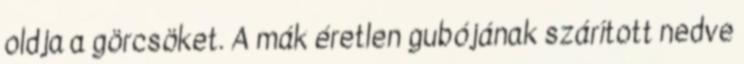
oldja a görcsöket. A mák éretlen gubójának szárított nedve